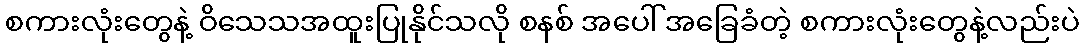
စကားလုံးတွေနဲ့ ဝိသေသအထူးပြုနိုင်သလို စနစ် အပေါ် အခြေခံတဲ့ စကားလုံးတွေနဲ့လည်းပဲ